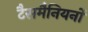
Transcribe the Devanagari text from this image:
टैसमैनियनों